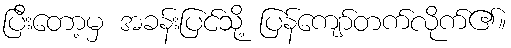
ပြီးတော့မှ အခန်းပြင်သို့ ပြန်ကျော်တက်လိုက်၏။